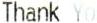
THANK YO